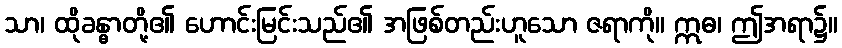
သာ၊ ထိုခန္ဓာတို့၏ ဟောင်းမြင်းသည်၏ အဖြစ်တည်းဟူသော ဇရာကို။ ဣဓ၊ ဤအရာ၌။